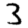
Digit: 3